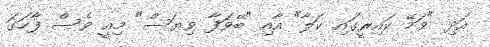
އަދި "ވަމޭ ކައިރީގައި ކަލާ" އާއި "ބޭވަފާ ވިޔަސް" މިއީ ވެސް ފާހަގަ